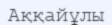
Аққайұлы